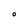
Character: 0